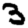
Digit: 3